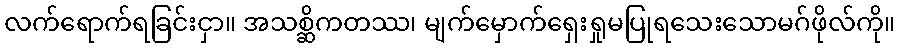
လက်ရောက်ရခြင်းငှာ။ အသစ္ဆိကတဿ၊ မျက်မှောက်ရှေးရှုမပြုရသေးသောမဂ်ဖိုလ်ကို။